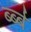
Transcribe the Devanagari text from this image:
र्ब्ब्ब